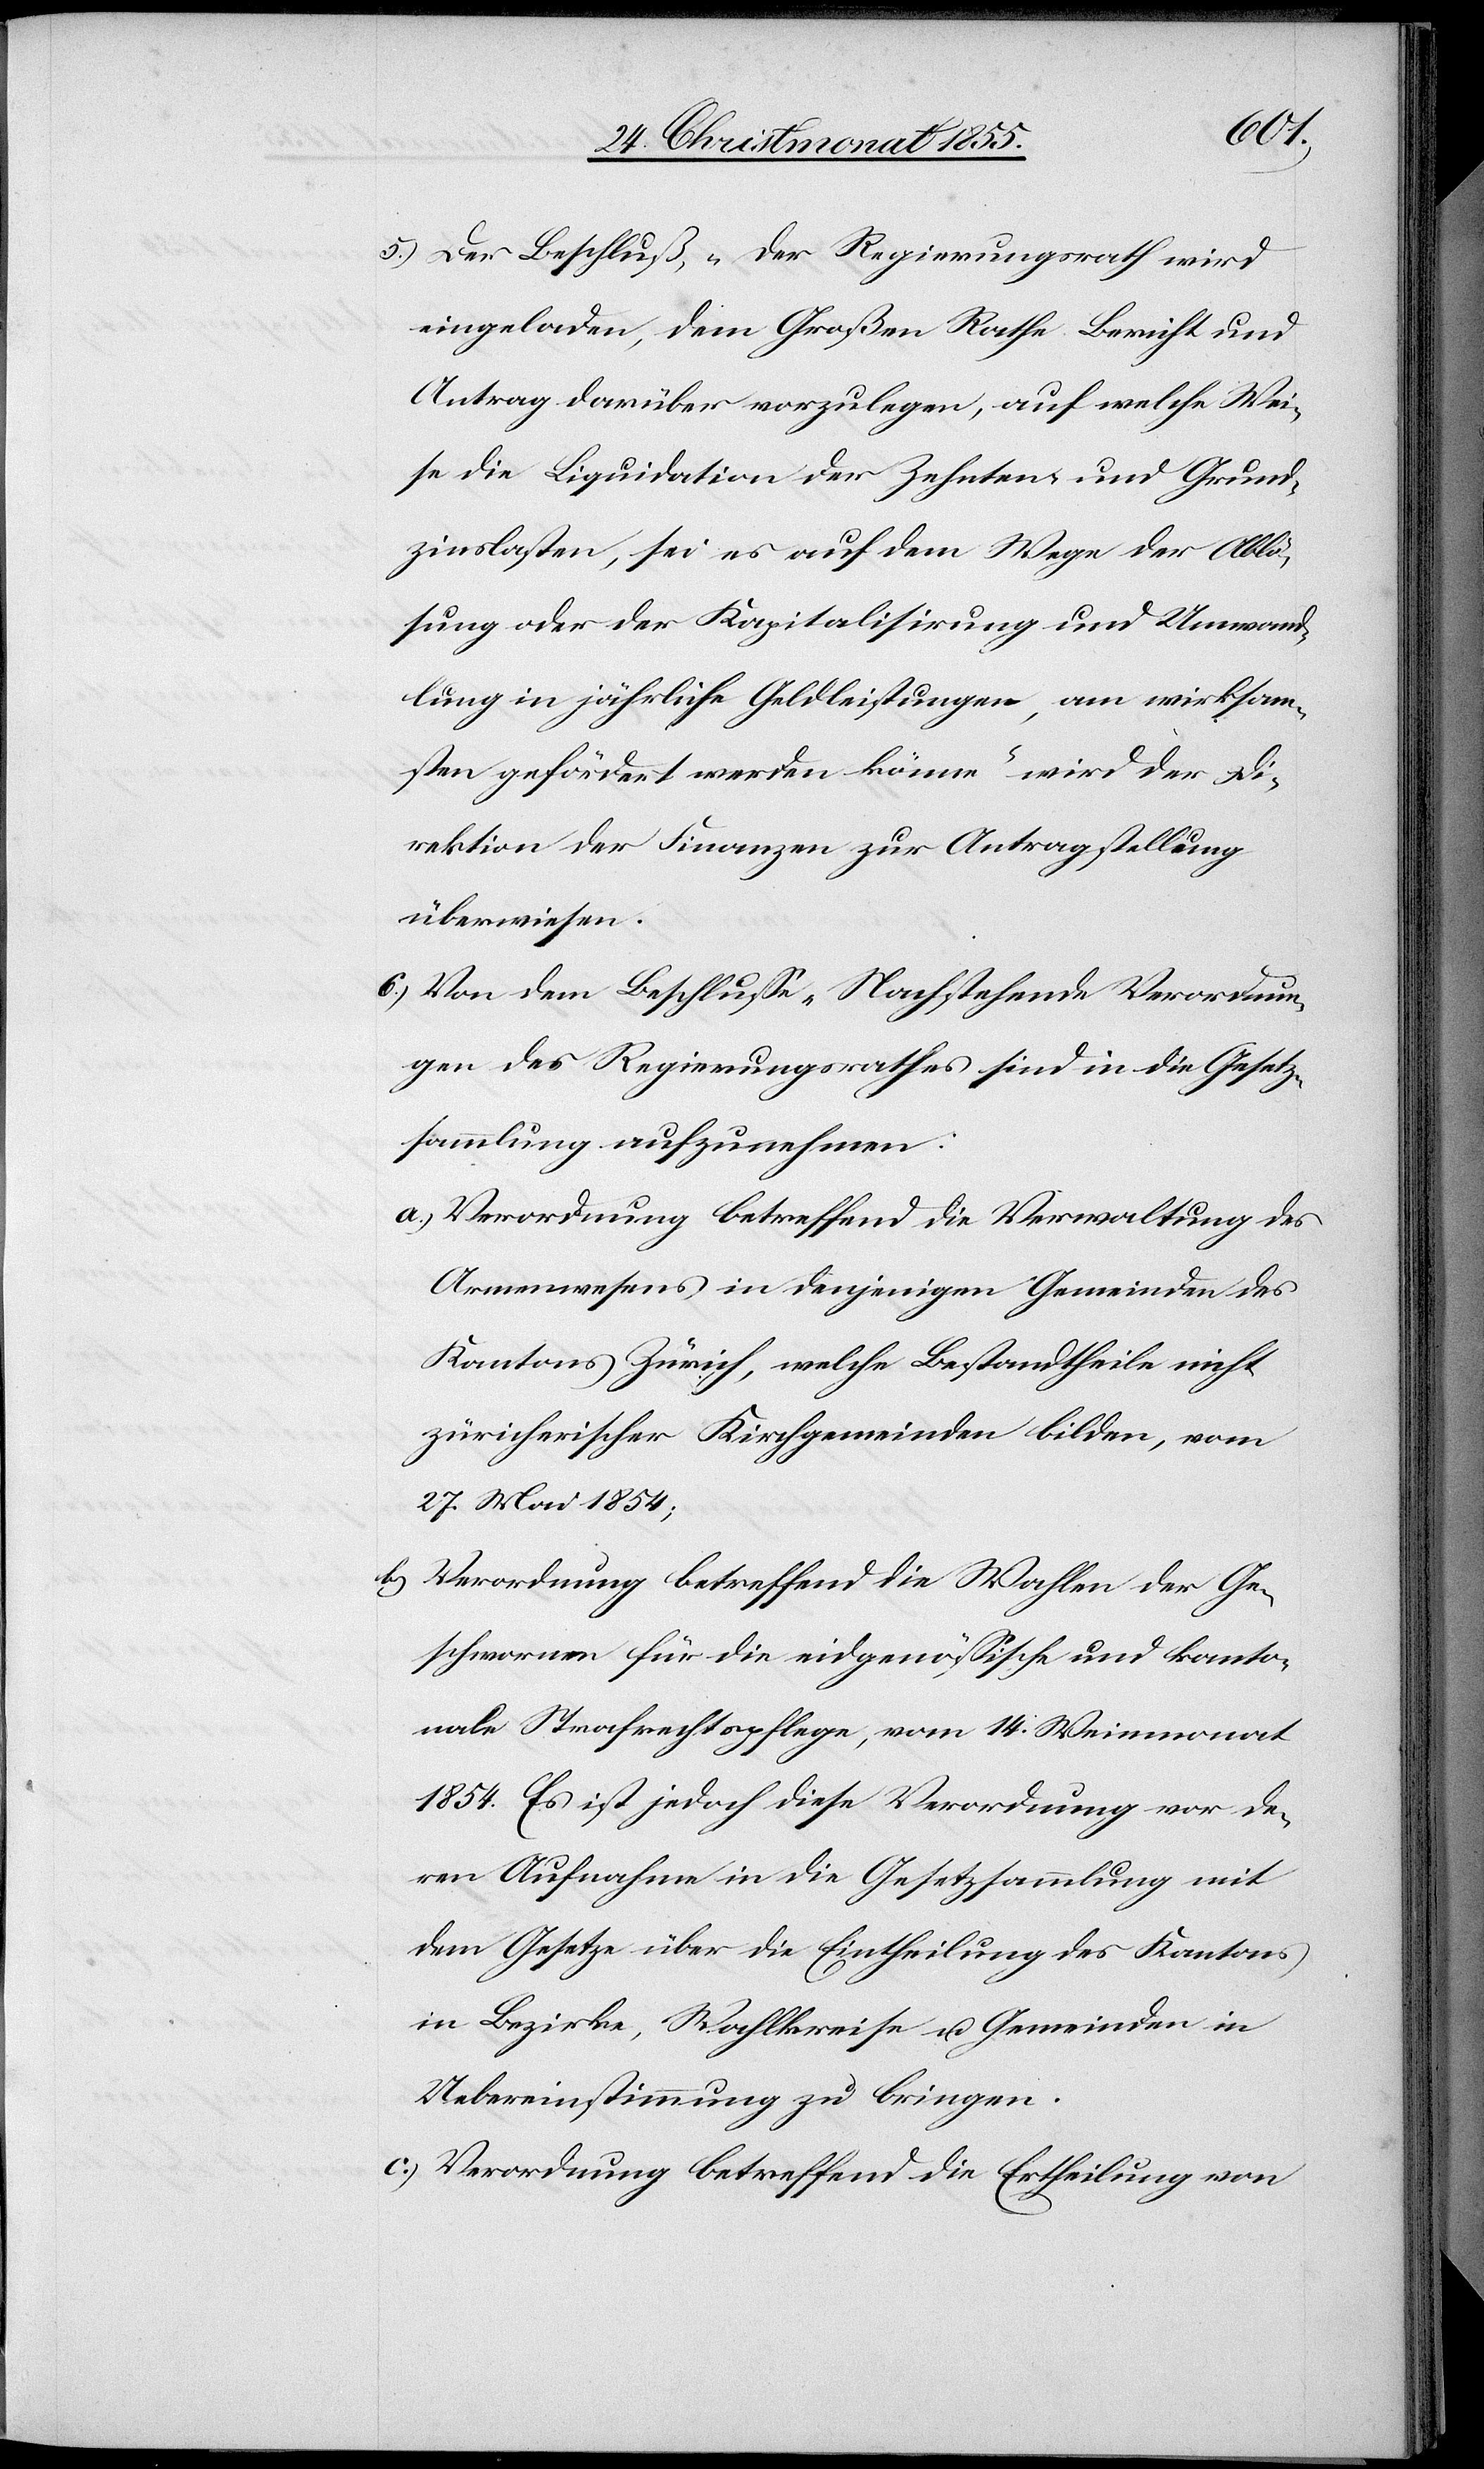
Der Beschluß, „Der Regierungsrath wird
eingeladen, dem Großen Rathe Bericht und
Antrag darüber vorzulegen, auf welche Wei¬
se die Liquidation der Zehnten- und Grund¬
zinslasten, sei es auf dem Wege der Ablö¬
sung oder der Kapitalisirung und Umwand¬
lung in jährliche Geldleistungen, am wirksam¬
sten gefördert werden könne“ wird der Di¬
rektion der Finanzen zur Antragstellung
überwiesen.
Von dem Beschlusse „Nachstehende Verordnun¬
gen des Regierungsrathes sind in die Gesetz¬
sammlung aufzunehmen:
Verordnung betreffend die Verwaltung des
Armenwesens in denjenigen Gemeinden des
Kantons Zürich, welche Bestandtheile nicht
züricherischer Kirchgemeinden bilden, vom
27. Mai 1854;
Verordnung betreffend die Wahlen der Ge¬
schwornen für die eidgenössische und kanto¬
nale Strafrechtspflege, vom 14. Weinmonat
1854. Es ist jedoch diese Verordnung vor de¬
ren Aufnahme in die Gesetzsammlung mit
dem Gesetze über die Eintheilung des Kantons
in Bezirke, Wahlkreise u. Gemeinden in
Uebereinstimmung zu bringen.
Verordnung betreffend die Ertheilung von